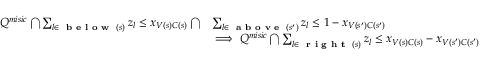
\begin{array} { r l } { Q ^ { m i s i c } \bigcap \sum _ { l \in \textup { \textbf { b e l o w } } ( s ) } z _ { l } \leq x _ { V ( s ) C ( s ) } \bigcap } & { \sum _ { l \in \textup { \textbf { a b o v e } } ( s ^ { \prime } ) } z _ { l } \leq 1 - x _ { V ( s ^ { \prime } ) C ( s ^ { \prime } ) } } \\ & { \implies Q ^ { m i s i c } \bigcap \sum _ { l \in \textup { \textbf { r i g h t } } ( s ) } z _ { l } \leq x _ { V ( s ) C ( s ) } - x _ { V ( s ^ { \prime } ) C ( s ^ { \prime } ) } } \end{array}